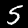
Digit: 5